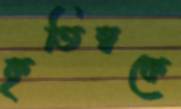
কৃতিত্বকে